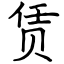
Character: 赁